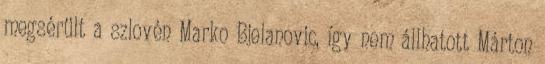
megsérült a szlovén Marko Bjelanovic, így nem állhatott Márton